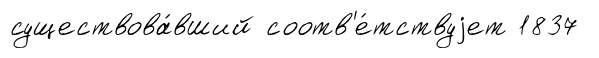
существова́вший соотв'е́тствуjет 1837